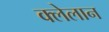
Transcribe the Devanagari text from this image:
क्लेलान